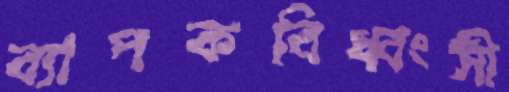
ব্যাপকবিধ্বংসী